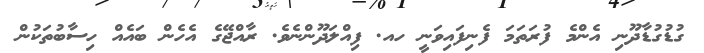
ގުޑުގުޑާދޫނި އެންމެ ފުރަތަމަ ފެނިފައިވަނީ ހއ. ފިއްލަދޫންނެވެ. ރާއްޖޭގެ އެހެން ބައެއް ހިސާބުތަކުން